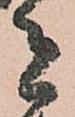
者